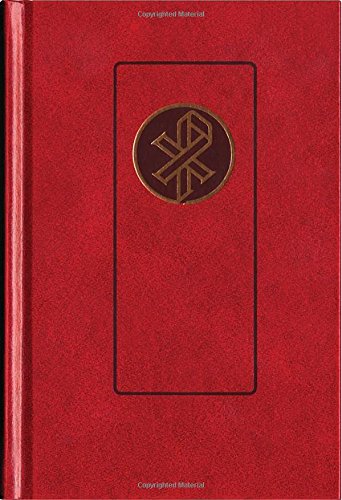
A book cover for Christian Worship: A Lutheran Hymnal Pew Edition; Northwestern Publishing House; Christian Books & Bibles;